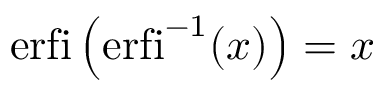
\operatorname { e r f i } \left( \operatorname { e r f i } ^ { - 1 } ( x ) \right) = x